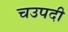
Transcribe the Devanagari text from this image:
चउपदी